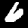
Digit: 6